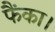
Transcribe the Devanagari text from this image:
फैंका।